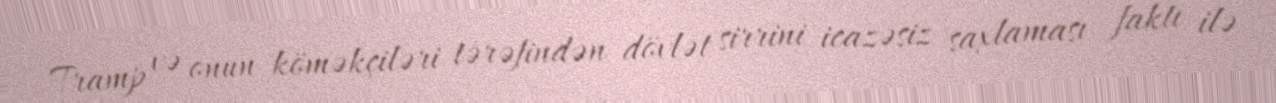
Tramp və onun köməkçiləri tərəfindən dövlət sirrini icazəsiz saxlaması faktı ilə